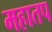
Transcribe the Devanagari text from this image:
महातप